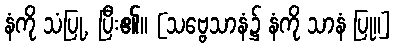
နံကို သံပြု, ပြီး၏။ [သဗ္ဗေသာနံ၌ နံကို သာနံ ပြု။]